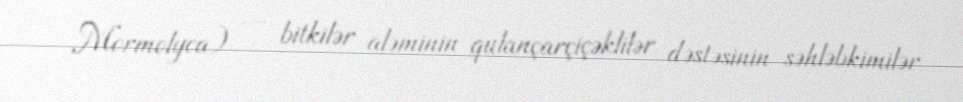
Mormolyca) — bitkilər aləminin qulançarçiçəklilər dəstəsinin səhləbkimilər